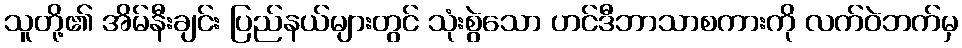
သူတို့၏ အိမ်နီးချင်း ပြည်နယ်များတွင် သုံးစွဲသော ဟင်ဒီဘာသာစကားကို လက်ဝဲဘက်မှ